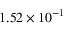
1 . 5 2 \times 1 0 ^ { - 1 }